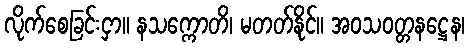
လိုက်စေခြင်းငှာ။ နသက္ကောတိ၊ မတတ်နိုင်။ အဝသဝတ္တနဋ္ဌေန၊